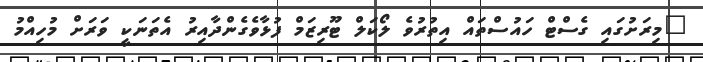
"މިރަށުގައި ގެސްޓް ހައުސްތައް އިތުރުވެ ލޯކަލް ޓޫރިޒަމް ފުޅާވެގެންދާއިރު އެތަނަކީ ވަރަށް މުހިއްމު